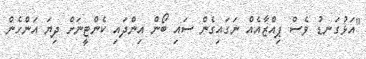
"އަޅުގަނޑު ވެސް ޕިއްޒާއެއް ނަގައިގެން ސައި ބޯން އިންދައި ކެންޓީނަށް ދިޔަ އަންހެން